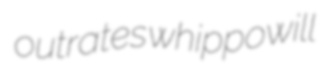
outrates whippowill